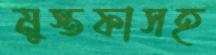
মুস্তফাসহ